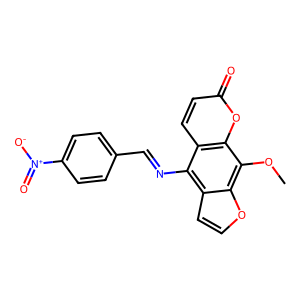
SMILES: COc1c2occc2c(N=Cc2ccc([N+](=O)[O-])cc2)c2ccc(=O)oc12
Inhibits HIV replication: No